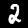
Label: 2